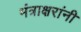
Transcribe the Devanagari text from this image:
मंत्राक्षरांनी